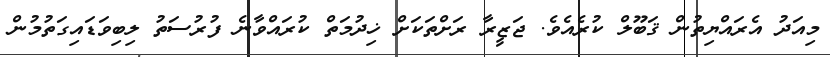
މިއަދު އެރައްޔިތުން ޤަބޫލް ކުރެއެވެ. ޖަޒީރާ ރަށްތަކަށް ޚިދުމަތް ކުރައްވާނެ ފުރުސަތު ލިބިވަޑައިގަތުމުން